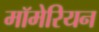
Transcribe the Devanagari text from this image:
मॉमेरियन